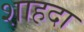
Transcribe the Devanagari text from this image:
शाहदा